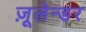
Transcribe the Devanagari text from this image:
ज़ूलेन्डर